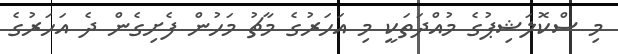
މި ސްކޮލަޝިޕުގެ މުއްދަތަކީ މި އަހަރުގެ މާޗު މަހުން ފެށިގެން ދެ އަހަރުގެ